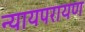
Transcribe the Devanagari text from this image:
न्यायपरायण